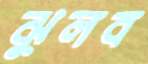
ঝুলব